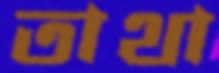
তাথা